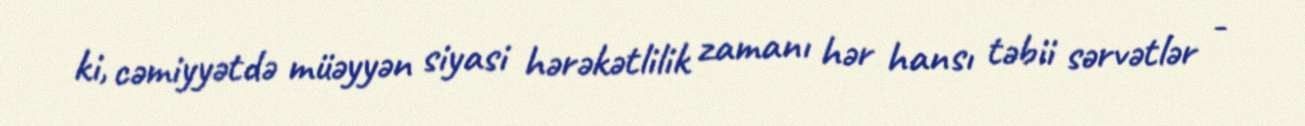
ki, cəmiyyətdə müəyyən siyasi hərəkətlilik zamanı hər hansı təbii sərvətlər -